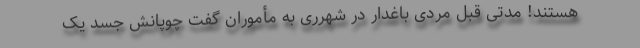
هستند! مدتی قبل مردی باغدار در شهرری به مأموران گفت چوپانش جسد یک